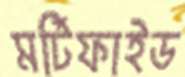
মর্টিফাইড